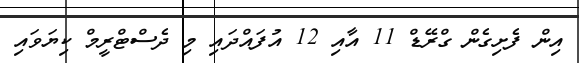
އިން ފެށިގެން ގްރޭޑް 11 އާއި 12 އުފައްދައި މި ދެސްޓްރީމް ކިޔަވައި